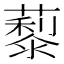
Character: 𦿾